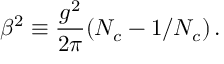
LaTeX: \beta ^ { 2 } \equiv \frac { g ^ { 2 } } { 2 \pi } ( N _ { c } - 1 / N _ { c } ) \, .